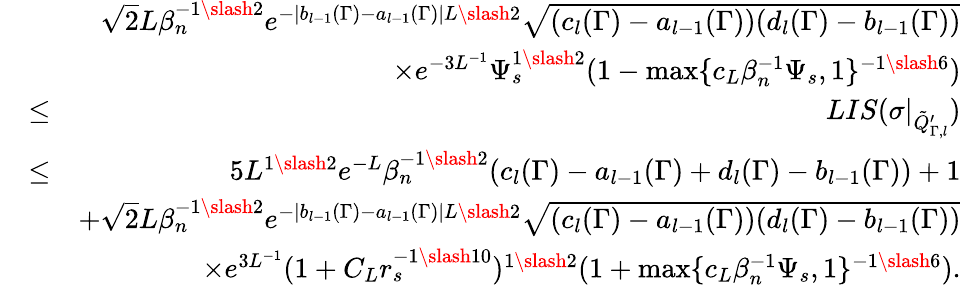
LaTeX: \begin{array}{rlr}&{}&{\sqrt{2}L\beta_{n}^{-1\slash 2}e^{-|b_{l-1}(\Gamma)-a_{l-1}(\Gamma)|L\slash 2}\sqrt{(c_{l}(\Gamma)-a_{l-1}(\Gamma))(d_{l}(\Gamma)-b_{l-1}(\Gamma))}}\\ &{}&{\times e^{-3L^{-1}}\Psi_{s}^{1\slash 2}(1-\operatorname*{max}\{ c_{L}\beta_{n}^{-1}\Psi_{s},1\} ^{-1\slash 6})}\\ &{\leq}&{LIS(\sigma|_{\tilde{Q}_{\Gamma,l}^{\prime}})}\\ &{\leq}&{5L^{1\slash 2}e^{-L}\beta_{n}^{-1\slash 2}(c_{l}(\Gamma)-a_{l-1}(\Gamma)+d_{l}(\Gamma)-b_{l-1}(\Gamma))+1}\\ &{}&{+\sqrt{2}L\beta_{n}^{-1\slash 2}e^{-|b_{l-1}(\Gamma)-a_{l-1}(\Gamma)|L\slash 2}\sqrt{(c_{l}(\Gamma)-a_{l-1}(\Gamma))(d_{l}(\Gamma)-b_{l-1}(\Gamma))}}\\ &{}&{\quad\times e^{3L^{-1}}(1+C_{L}r_{s}^{-1\slash 10})^{1\slash 2}(1+\operatorname*{max}\{ c_{L}\beta_{n}^{-1}\Psi_{s},1\} ^{-1\slash 6}).}\end{array}